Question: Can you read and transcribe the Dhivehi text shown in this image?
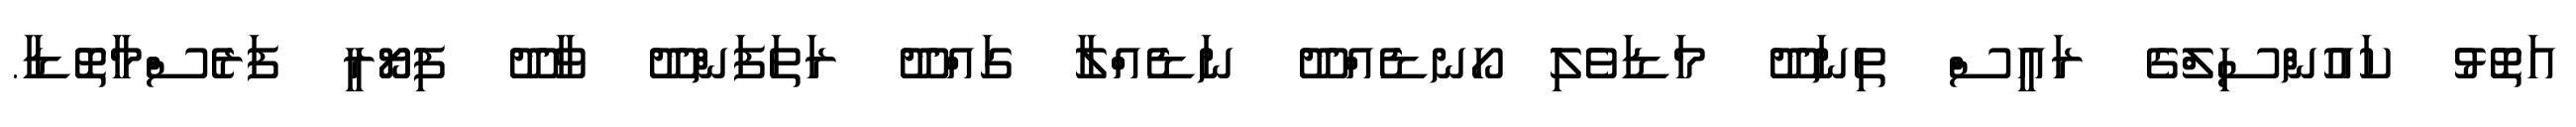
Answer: އަތޮޅު ކައުންސިލްގެ ރައީސް ތިނަދޫ މަޑަވެލި ހޯނޑެއްދޫ ނަޑެއްލާ ގައްދޫ ރަތަފަންދޫ ވާދޫ ފިޔޯރީ ފަރެސްމާތޮޑާ.